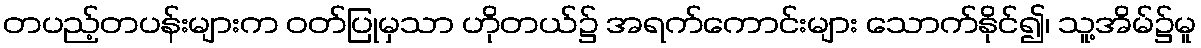
တပည့်တပန်းများက ဝတ်ပြုမှသာ ဟိုတယ်၌ အရက်ကောင်းများ သောက်နိုင်၍၊ သူ့အိမ်၌မူ